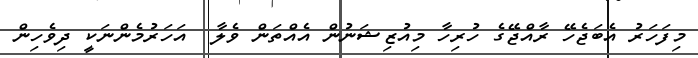
މިފަހަރު އެބަޖެހޭ ރާއްޖޭގެ ހުރިހާ މިއުޒިޝަނުން އެއްތަން ވެލާ  އަހަރުމެންނަކީ ދިވެހިން